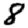
Digit: 8